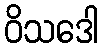
ဝိသဒေါ